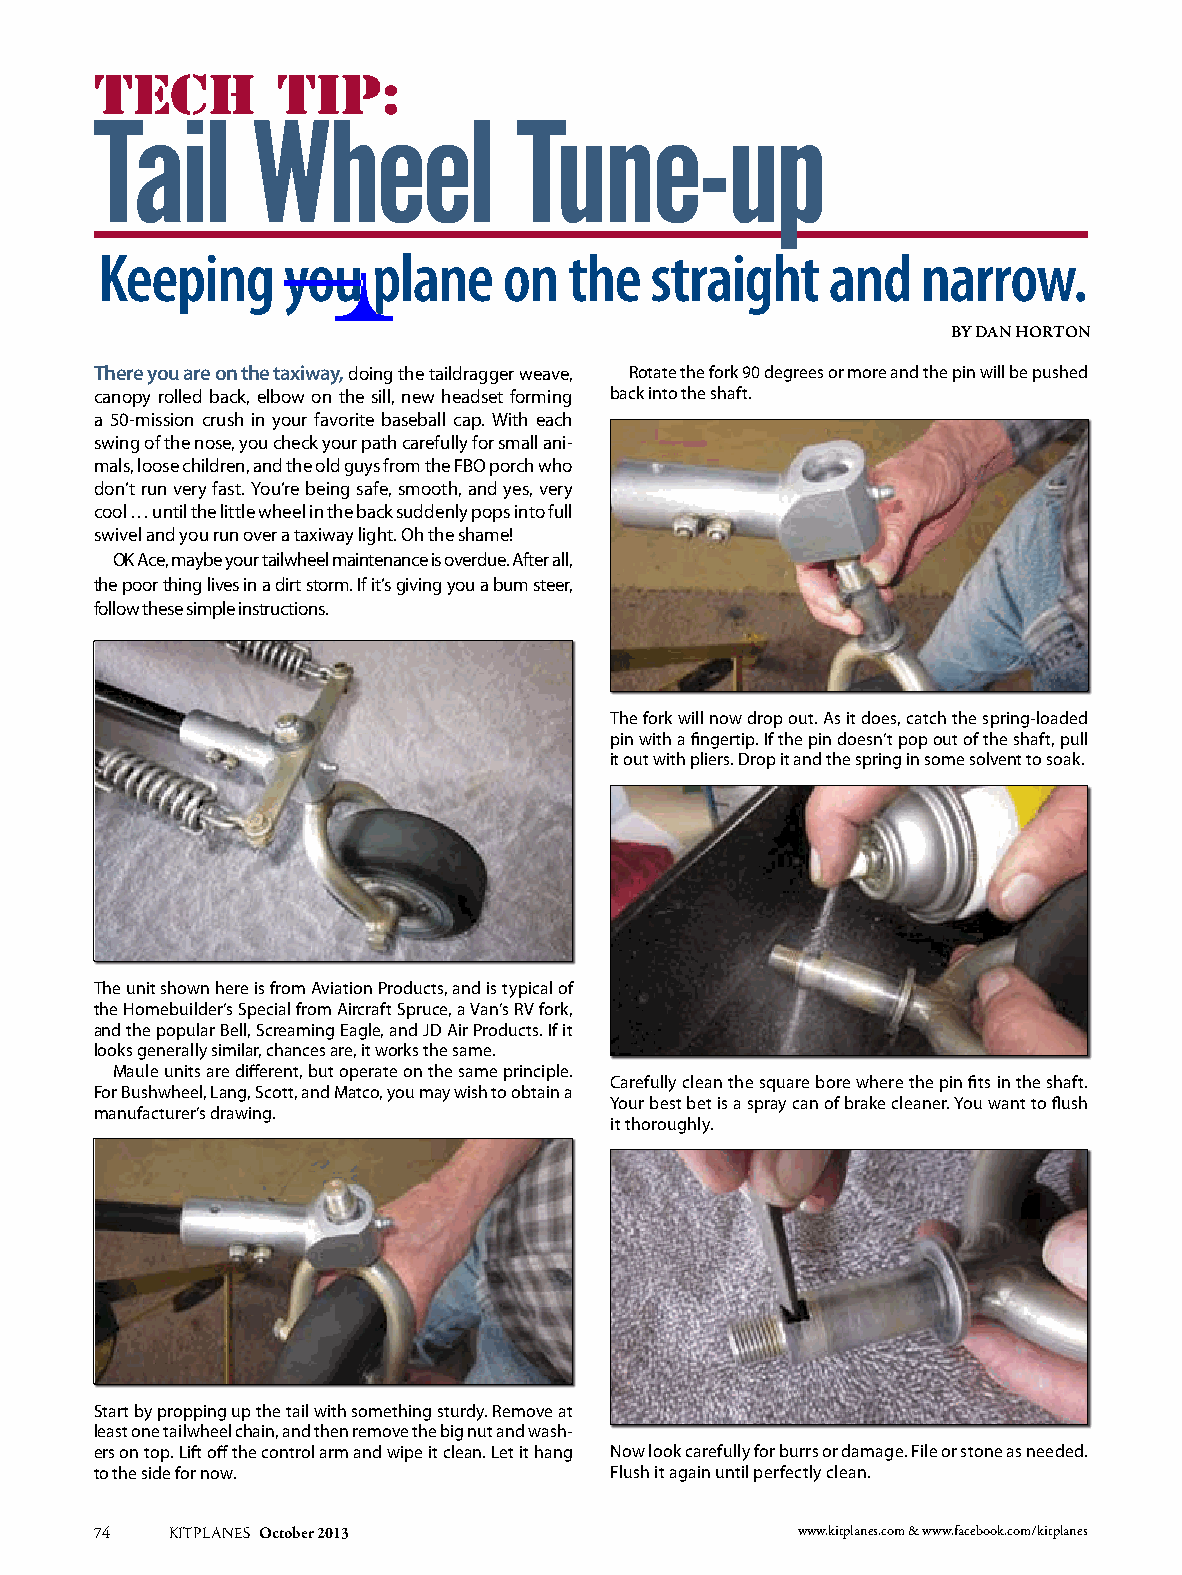
Tech        Tip:
 Tail       Wheel            Tune-up
 Keeping     you   plane   on   the  straight    and   narrow.
 By Dan Horton
 There you are on the taxiway, doing the taildragger weave, Rotate the fork 90 degrees or more and the pin will be pushed
 canopy rolled back, elbow on the sill, new headset forming back into the shaft.
 a 50-mission crush in your favorite baseball cap. With each
 swing of the nose, you check your path carefully for small ani-
 mals, loose children, and the old guys from the FBO porch who
 don’t run very fast. You’re being safe, smooth, and yes, very
 cool … until the little wheel in the back suddenly pops into full
 swivel and you run over a taxiway light. Oh the shame!
 OK Ace, maybe your tailwheel maintenance is overdue. After all,
 the poor thing lives in a dirt storm. If it’s giving you a bum steer,
 follow these simple instructions.
 The fork will now drop out. As it does, catch the spring-loaded
 pin with a fingertip. If the pin doesn’t pop out of the shaft, pull
 it out with pliers. Drop it and the spring in some solvent to soak.
 The unit shown here is from Aviation Products, and is typical of
 the Homebuilder’s Special from Aircraft Spruce, a Van’s RV fork,
 and the popular Bell, Screaming Eagle, and JD Air Products. If it
 looks generally similar, chances are, it works the same.
 Maule units are different, but operate on the same principle.
 Carefully clean the square bore where the pin fits in the shaft.
 For Bushwheel, Lang, Scott, and Matco, you may wish to obtain a
 Your best bet is a spray can of brake cleaner. You want to flush
 manufacturer’s drawing.
 it thoroughly.
 Start by propping up the tail with something sturdy. Remove at
 least one tailwheel chain, and then remove the big nut and wash-
 ers on top. Lift off the control arm and wipe it clean. Let it hang Now look carefully for burrs or damage. File or stone as needed.
 to the side for now.              Flush it again until perfectly clean.
 74   KITPLANES October 2013                    www.kitplanes.com & www.facebook.com/kitplanes